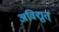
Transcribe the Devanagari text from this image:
अविद्युत्